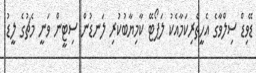
ޑޭވިޑް ސިލްވާގެ އެހީތެރިކަމާއެކު ލަޕޯޓޭ ކާމިޔާބުކުރި ލަނޑުން ސިޓީން ވަނީ މެޗުގެ ލީޑު